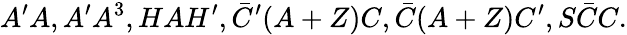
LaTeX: A^{\prime}A,A^{\prime}A^{3},HAH^{\prime},\bar{C}^{\prime}(A+Z)C,\bar{C}(A+Z)C^{\prime},S\bar{C}C.